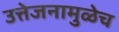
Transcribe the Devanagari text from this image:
उत्तेजनामुळेच